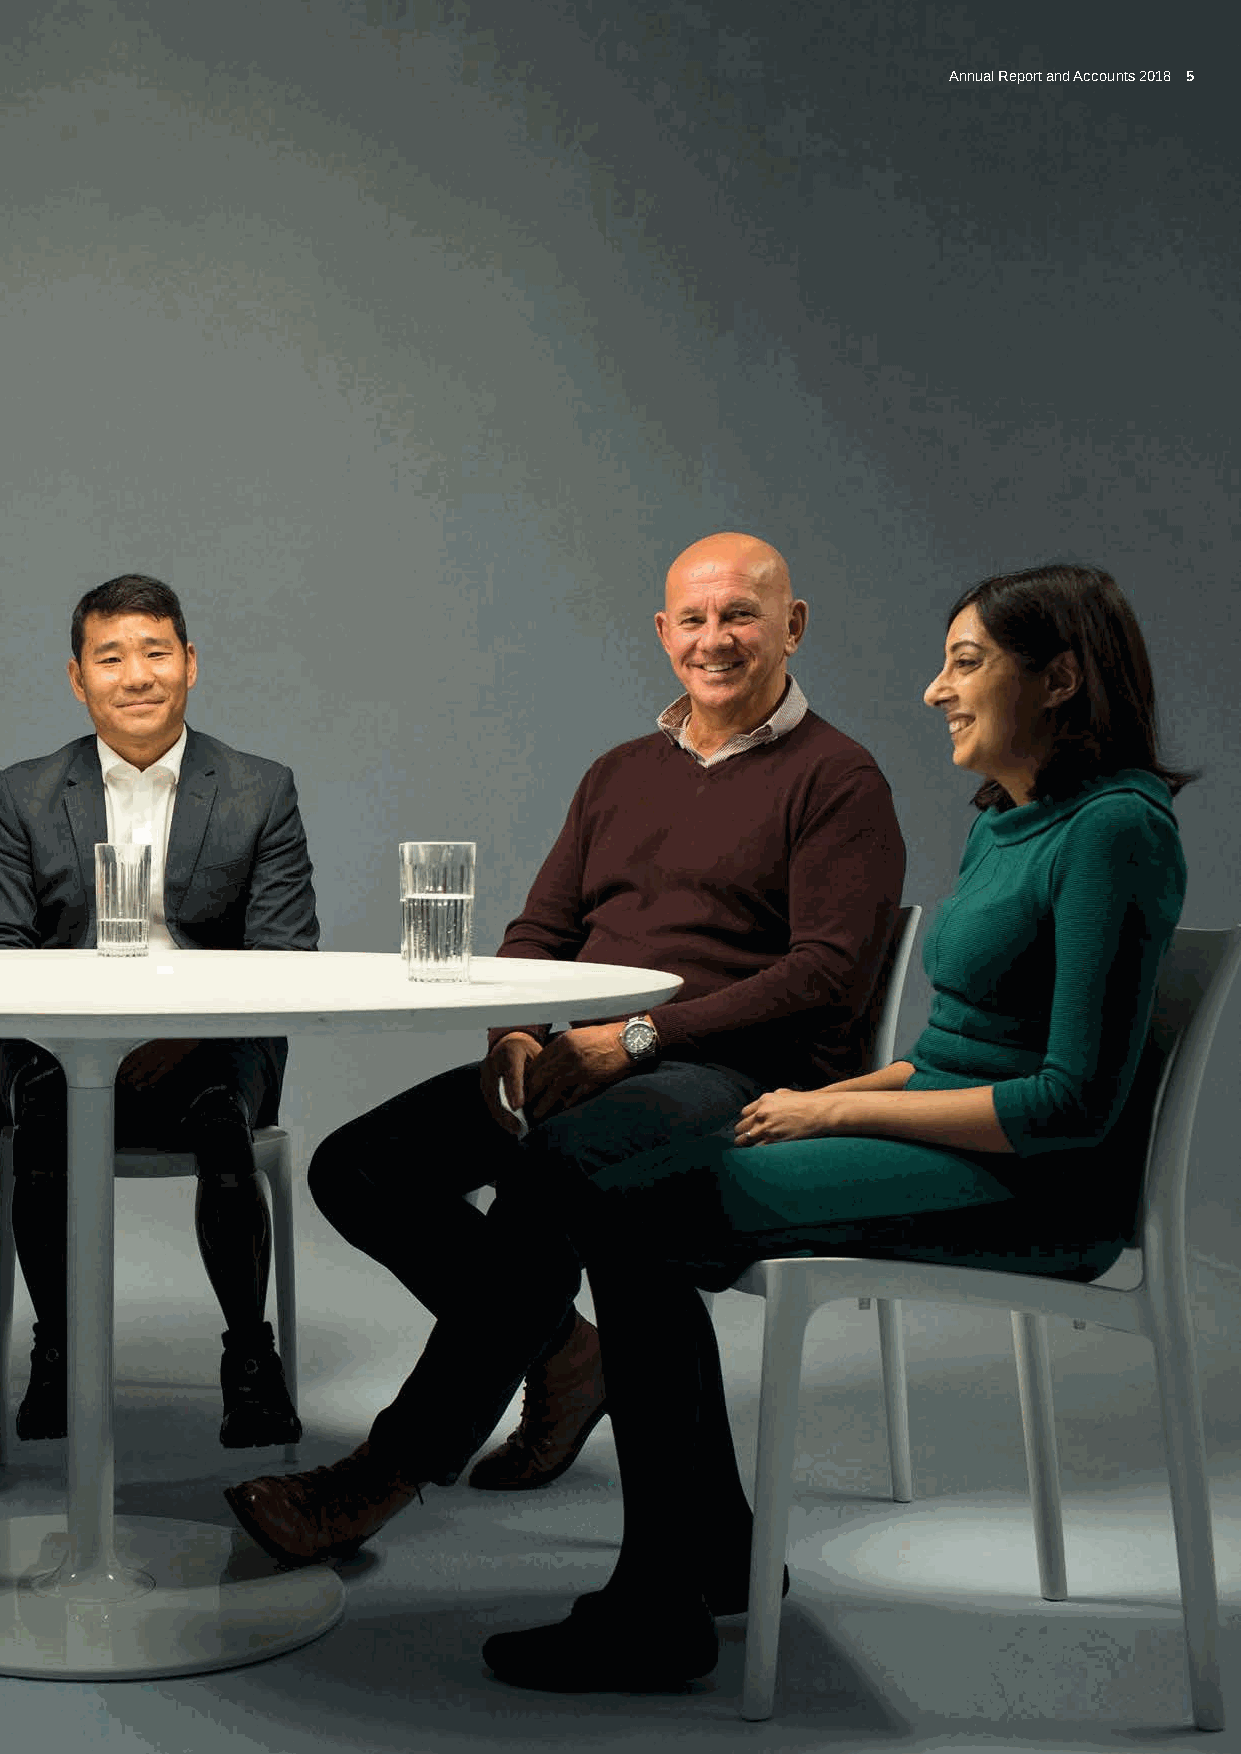
Annual Report and Accounts 2018 5